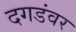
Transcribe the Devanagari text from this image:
दगडंवर